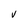
Character: v